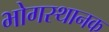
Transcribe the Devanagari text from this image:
भोगस्थानक